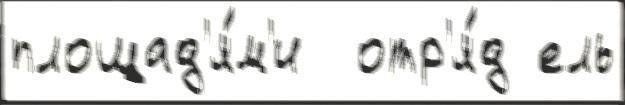
площад'я́м'и  отр'я́д ель